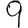
Digit: 9